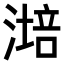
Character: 𣼯